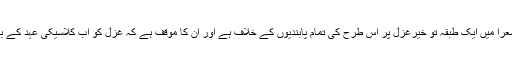
غزل سے شغف رکھنے والے شعرأ میں ایک طبقہ تو خیرغزل پر اس طرح کی تمام پابندیوں کے خلاف ہے اور ان کا مؤقف ہے کہ غزل کو اب کلاسیکی عہد کے بے جا تسلط سے نکل آنا چاہیے۔